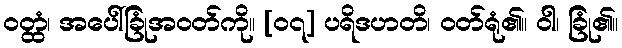
ဝတ္ထံ၊ အပေါ်ခြုံအဝတ်ကို။ [၀၇] ပရိဒဟတိ၊ ဝတ်ရုံ၏။ ဝါ၊ ခြုံ၏။